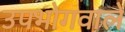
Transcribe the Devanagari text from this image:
उपभोगवाले